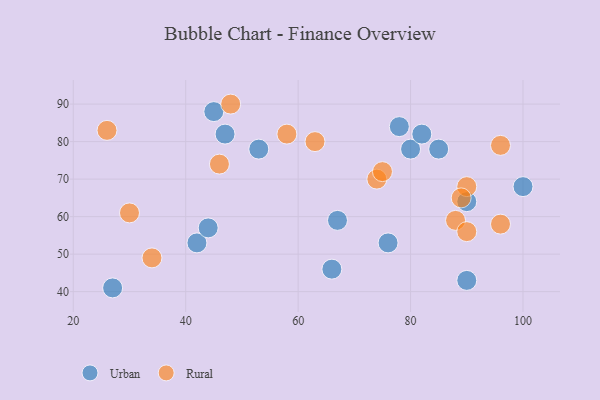
{"axis": {"x": "GDP", "y": "Life Expectancy"}, "legend": ["Rural", "Urban"], "data": [{"x": "76", "y": 53, "type": "Urban"}, {"x": "45", "y": 88, "type": "Urban"}, {"x": "90", "y": 64, "type": "Urban"}, {"x": "27", "y": 41, "type": "Urban"}, {"x": "78", "y": 84, "type": "Urban"}, {"x": "90", "y": 43, "type": "Urban"}, {"x": "100", "y": 68, "type": "Urban"}, {"x": "67", "y": 59, "type": "Urban"}, {"x": "80", "y": 78, "type": "Urban"}, {"x": "47", "y": 82, "type": "Urban"}, {"x": "82", "y": 82, "type": "Urban"}, {"x": "85", "y": 78, "type": "Urban"}, {"x": "66", "y": 46, "type": "Urban"}, {"x": "53", "y": 78, "type": "Urban"}, {"x": "42", "y": 53, "type": "Urban"}, {"x": "44", "y": 57, "type": "Urban"}, {"x": "96", "y": 79, "type": "Rural"}, {"x": "34", "y": 49, "type": "Rural"}, {"x": "48", "y": 90, "type": "Rural"}, {"x": "74", "y": 70, "type": "Rural"}, {"x": "96", "y": 58, "type": "Rural"}, {"x": "90", "y": 68, "type": "Rural"}, {"x": "75", "y": 72, "type": "Rural"}, {"x": "26", "y": 83, "type": "Rural"}, {"x": "30", "y": 61, "type": "Rural"}, {"x": "63", "y": 80, "type": "Rural"}, {"x": "88", "y": 59, "type": "Rural"}, {"x": "89", "y": 65, "type": "Rural"}, {"x": "90", "y": 56, "type": "Rural"}, {"x": "58", "y": 82, "type": "Rural"}, {"x": "46", "y": 74, "type": "Rural"}]}